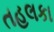
તહલકા